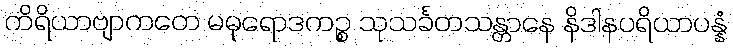
ကိရိယာဗျာကတေ မဓုရောဒကဉ္စ သုသင်္ခတသန္တာနေ နိဒါနပရိယာပန္နံ